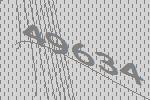
49634